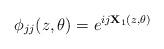
LaTeX: \begin{align*}\phi_{jj}(z,\theta) = e^{i j {\bf X}_1(z,\theta) } \end{align*}